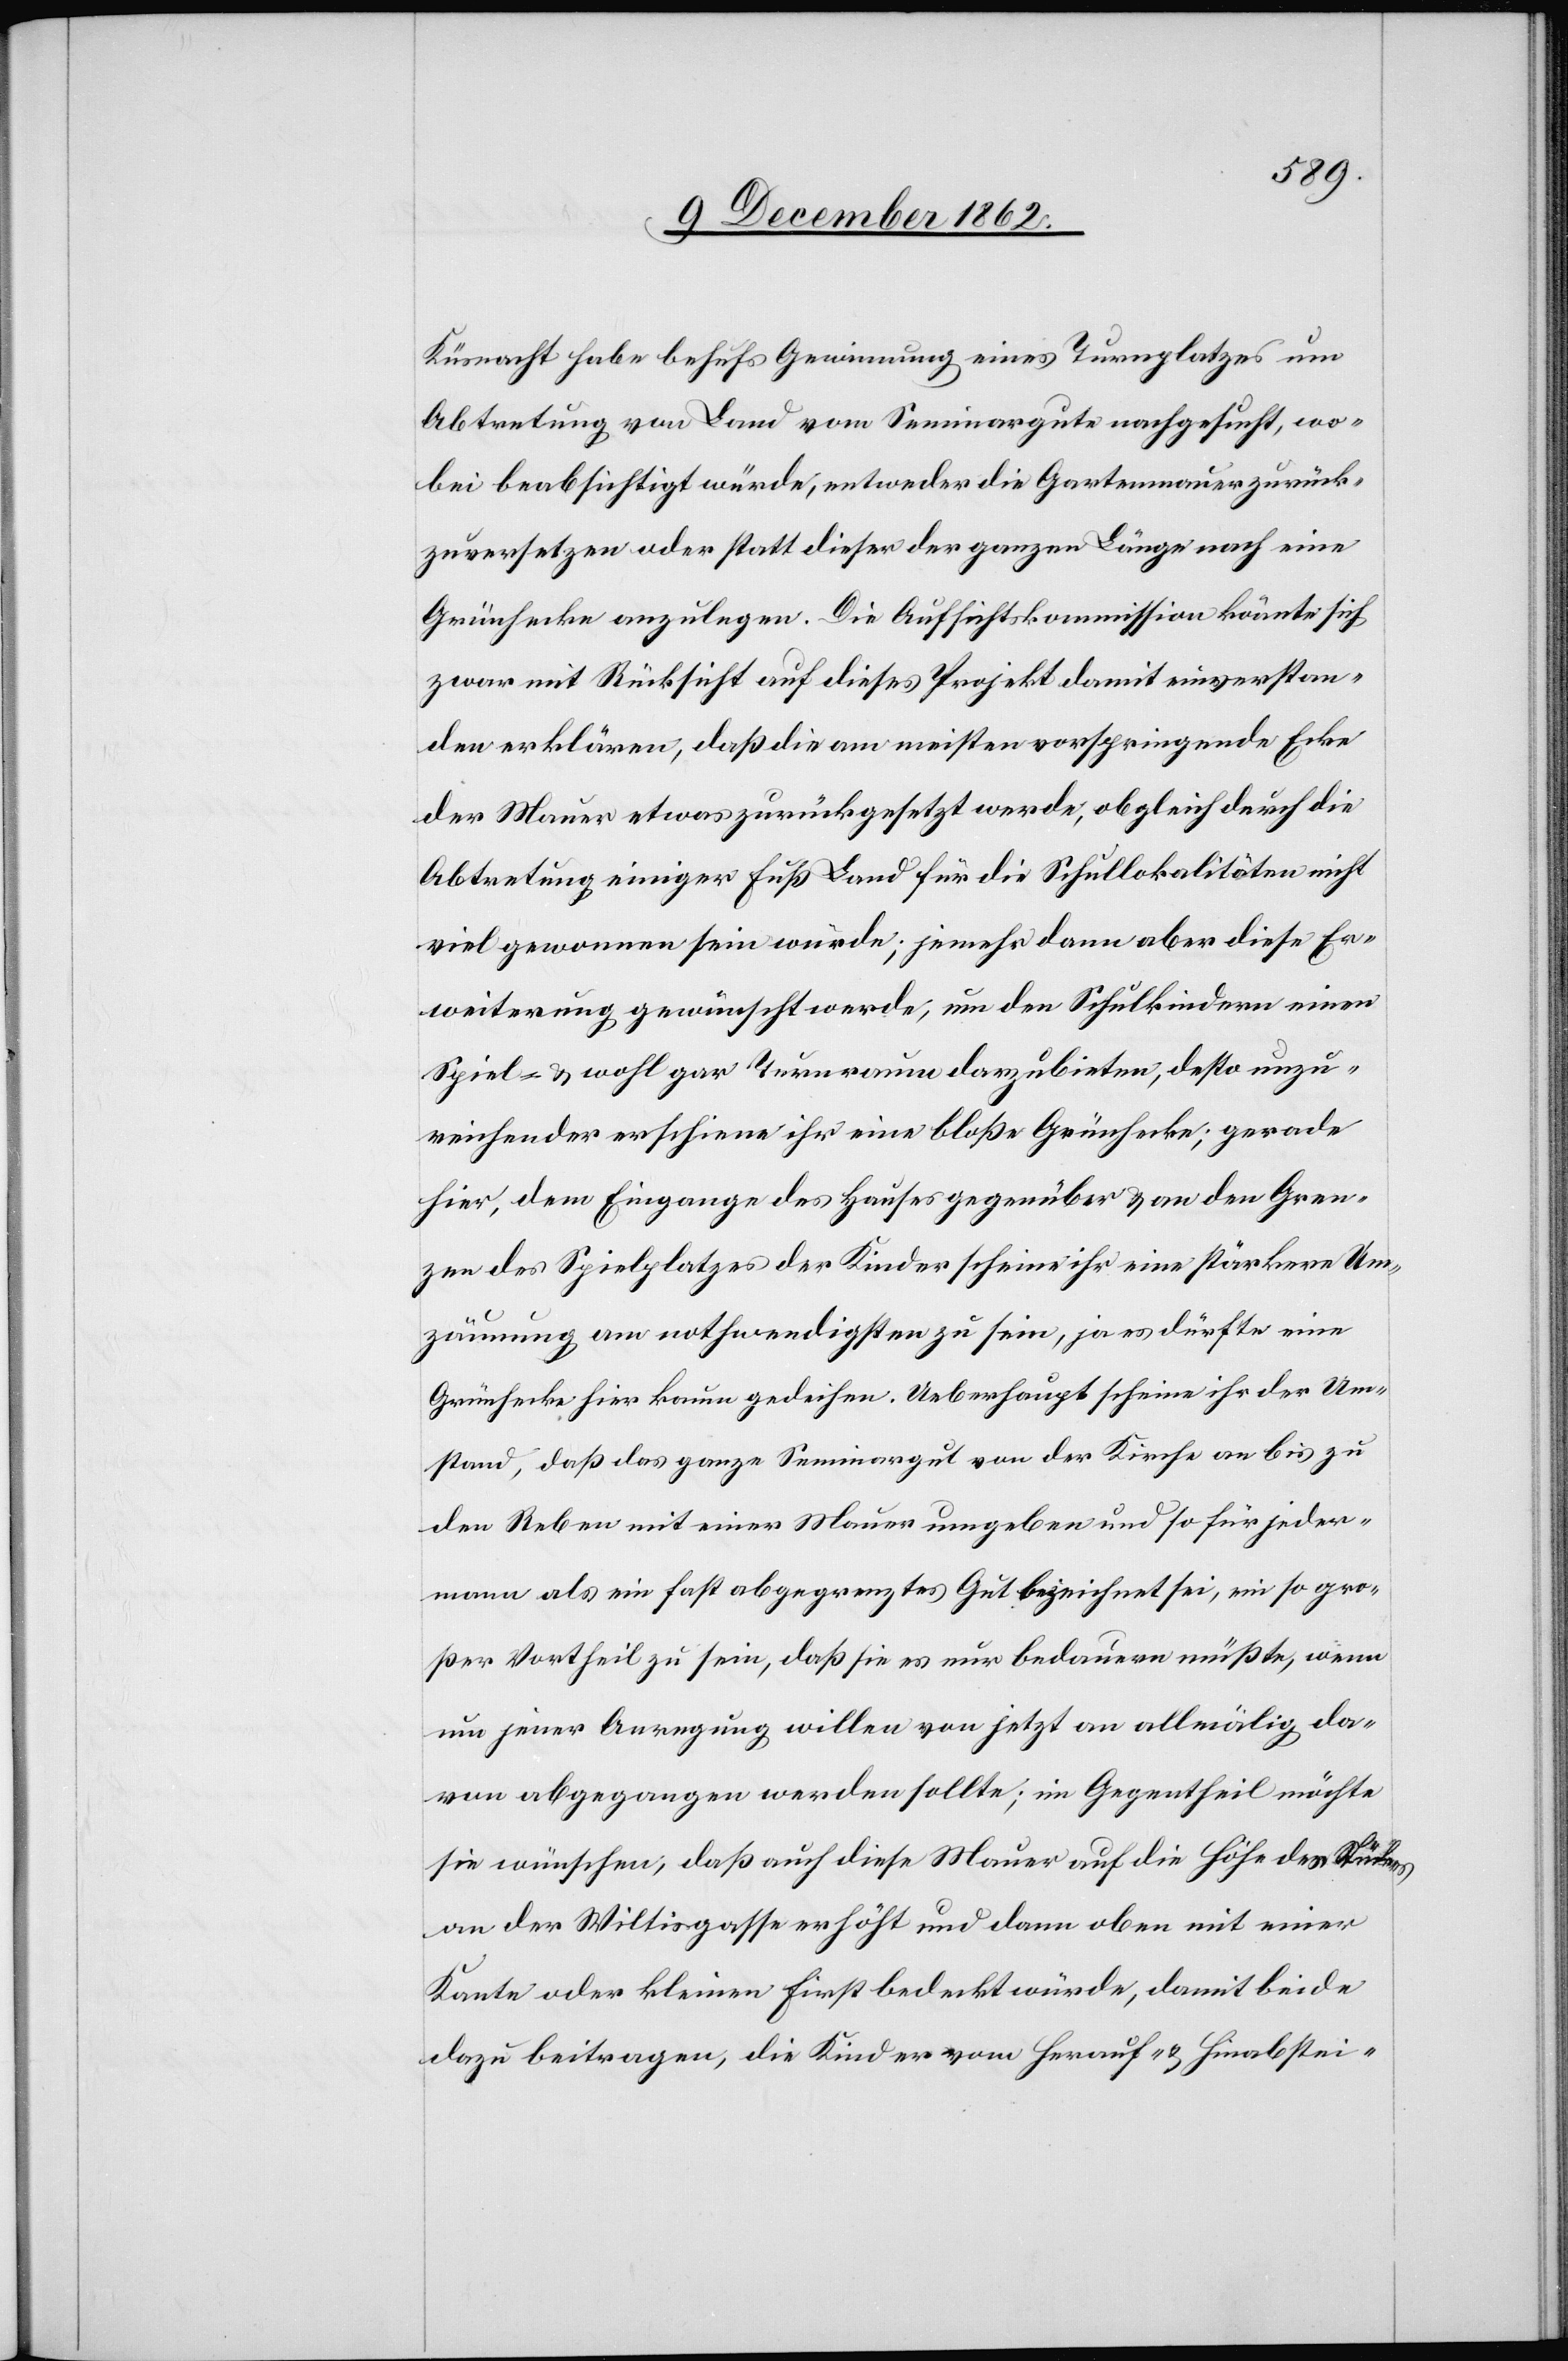
Küsnacht habe behufs Gewinnung eines Turnplatzes um
Abtretung von Land vom Seminargute nachgesucht, wo¬
bei beabsichtigt würde, entweder die Gartenmauer zurück¬
zuversetzen oder statt dieser der ganzen Länge nach eine
Grünhecke anzulegen. Die Aufsichtskommission könnte sich
zwar mit Rücksicht auf dieses Projekt damit einverstan¬
den erklären, daß die am meisten vorspringende Ecke
der Mauer etwas zurückgesetzt werde, obgleich durch die
Abtretung einiger Fuß Land für die Schullokalitäten nicht
viel gewonnen sein würde; je mehr dann aber diese Er¬
weiterung gewünscht werde, um den Schulkindern einen
Spiel- u. wohl gar Turnraum darzubieten, desto unzu¬
reichender erscheine ihr eine bloße Grünhecke; gerade
hier, dem Eingange des Hauses gegenüber u. an den Gren¬
zen des Spielplatzes der Kinder scheine ihr eine stärkere Um¬
zäunung am nothwendigsten zu sein, ja es dürfte eine
Grünhecke hier kaum gedeihen. Ueberhaupt scheine ihr der Um¬
stand, daß das ganze Seminargut von der Kirche an bis zu
den Reben mit einer Mauer umgeben und so für jeder¬
mann als ein fast abgegrenztes Gut bezeichnet sei, ein so gro¬
ßer Vortheil zu sein, daß sie es nur bedauern müßte, wenn
nun jener Anregung willen von jetzt an allmälig da¬
von abgegangen werden sollte; im Gegentheil möchte
sie wünschen, daß auch diese Mauer auf die Höhe des Stückes
an der Wiltisgasse erhöht und dann oben mit einer
Kante oder kleinen First bedeckt würde, damit beide
dazu beitragen, die Kinder vom Herauf- u. Hinabstei-